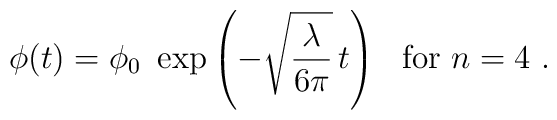
\phi(t)=\phi_0 \ \exp\left(-\sqrt{\lambda\over 6\pi} \, t\right) \ \\ \ \ \mbox{for} \ n = 4 \ .